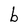
Character: b